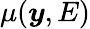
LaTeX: \mu(\boldsymbol{y},E)